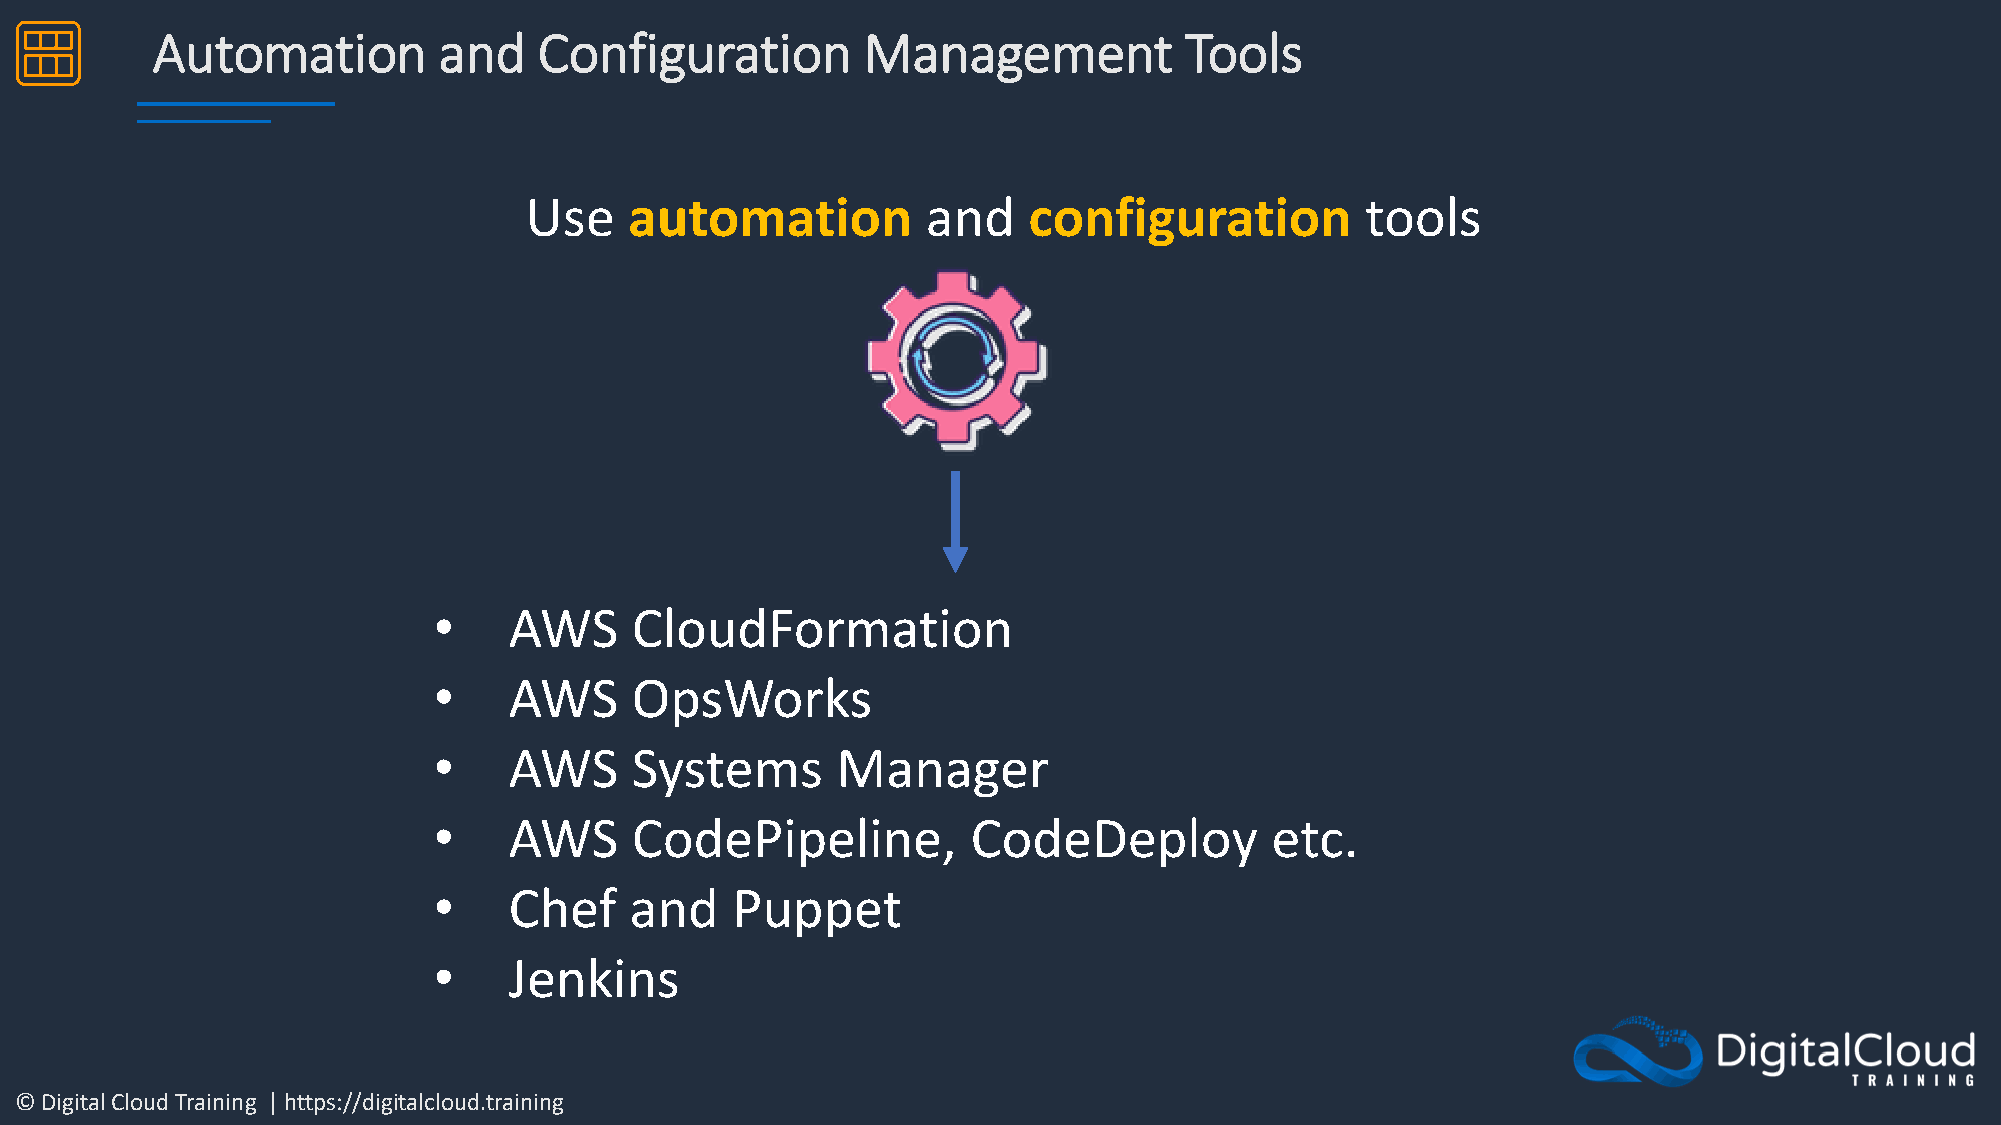
Automation         and    Configuration        Management           Tools
 Use    automation         and    configuration         tools
 •    AWS     CloudFormation
 •    AWS     OpsWorks
 •    AWS     Systems      Manager
 •    AWS     CodePipeline,         CodeDeploy          etc.
 •    Chef    and   Puppet
 •    Jenkins
 © Digital Cloud Training | https://digitalcloud.training